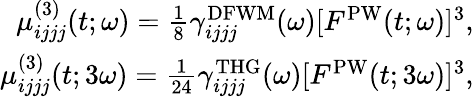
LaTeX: \begin{array}{r}{\mu_{ijjj}^{(3)}(t;\omega)=\frac{1}{8}\gamma_{ijjj}^{\mathrm{DFWM}}(\omega)[F^{\mathrm{PW}}(t;\omega)]^{3},}\\ {\mu_{ijjj}^{(3)}(t;3\omega)=\frac{1}{24}\gamma_{ijjj}^{\mathrm{THG}}(\omega)[F^{\mathrm{PW}}(t;3\omega)]^{3},}\end{array}